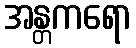
အန္တကရော